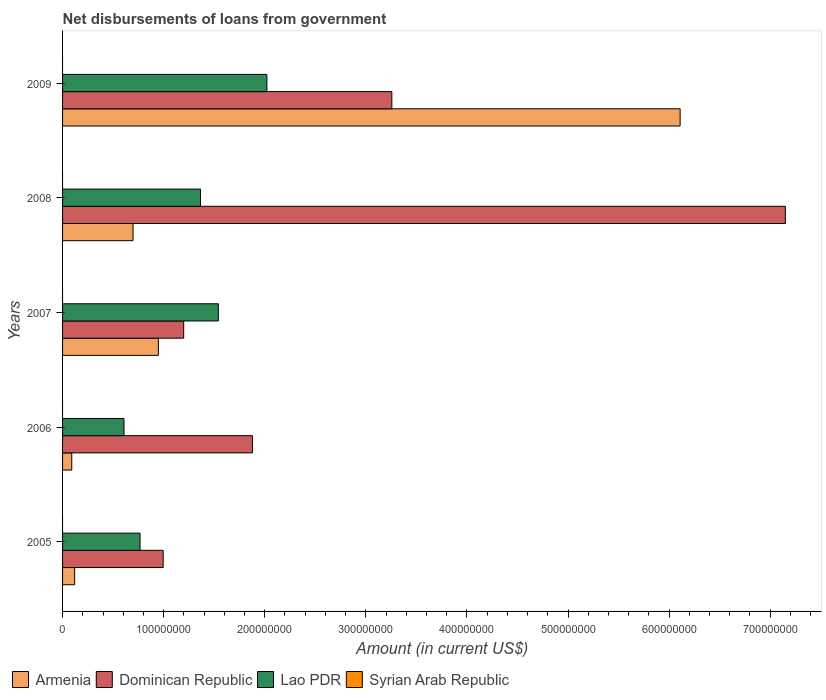
| Years | Armenia | Dominican Republic | Lao PDR | Syrian Arab Republic |
 | --- | --- | --- | --- | --- |
 | 2005 | 1.2e+07 | 9.95e+07 | 7.66e+07 | -2.9e+08 |
 | 2006 | 9.1e+06 | 1.88e+08 | 6.08e+07 | -5.64e+08 |
 | 2007 | 9.48e+07 | 1.2e+08 | 1.54e+08 | -3.9e+08 |
 | 2008 | 6.97e+07 | 7.15e+08 | 1.36e+08 | -3.6e+08 |
 | 2009 | 6.11e+08 | 3.26e+08 | 2.02e+08 | -3.25e+08 |